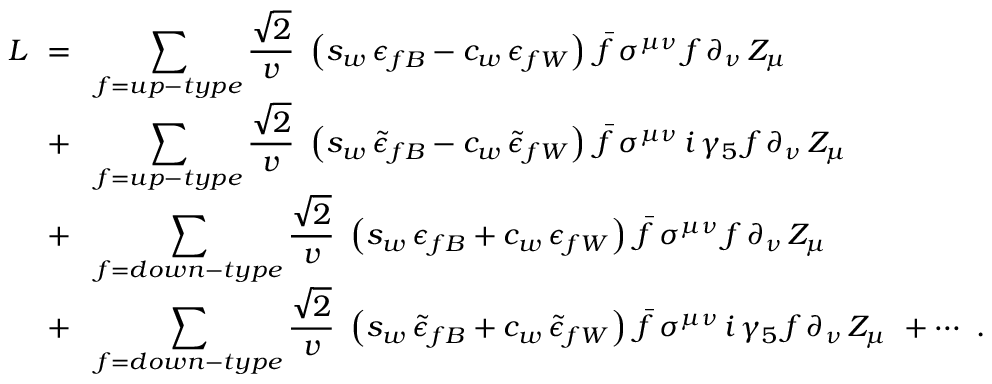
\begin{array} { r l } { { \cal L \ = } } & { { \! \displaystyle \sum _ { f = u p - t y p e } { \frac { \sqrt { 2 } } { v } } \ \left( s _ { w } \, \epsilon _ { f B } - c _ { w } \, \epsilon _ { f W } \right) \, \bar { f } \, \sigma ^ { \mu \nu } \, f \, \partial _ { \nu } \, Z _ { \mu } } } \\ { { + } } & { { \! \displaystyle \sum _ { f = u p - t y p e } { \frac { \sqrt { 2 } } { v } } \ \left( s _ { w } \, \tilde { \epsilon } _ { f B } - c _ { w } \, \tilde { \epsilon } _ { f W } \right) \, \bar { f } \, \sigma ^ { \mu \nu } \, i \, \gamma _ { 5 } \, f \, \partial _ { \nu } \, Z _ { \mu } } } \\ { { + } } & { { \! \displaystyle \sum _ { f = d o w n - t y p e } { \frac { \sqrt { 2 } } { v } } \ \left( s _ { w } \, \epsilon _ { f B } + c _ { w } \, \epsilon _ { f W } \right) \, \bar { f } \, \sigma ^ { \mu \nu } \, f \, \partial _ { \nu } \, Z _ { \mu } } } \\ { { + } } & { { \! \displaystyle \sum _ { f = d o w n - t y p e } { \frac { \sqrt { 2 } } { v } } \ \left( s _ { w } \, \tilde { \epsilon } _ { f B } + c _ { w } \, \tilde { \epsilon } _ { f W } \right) \, \bar { f } \, \sigma ^ { \mu \nu } \, i \, \gamma _ { 5 } \, f \, \partial _ { \nu } \, Z _ { \mu } \ + \cdots \ . } } \end{array}